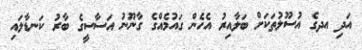
އަދި އދގެ އުސޫލުތަކަށް ބަލާއިރު އެހެން ގައުމެއްގެ ގާނޫނު އަސާސީގެ ބާރު ކަނޑާލައި